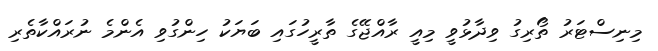
މިނިސްޓަރު ތޯރިގު ވިދާޅުވީ މިއީ ރާއްޖޭގެ ތާރީހުގައި ބަަޔަކު ހިންގުވި އެންމެ ނުރައްކާތެރި